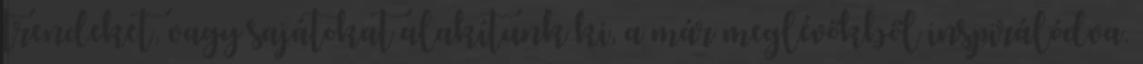
trendeket, vagy sajátokat alakítunk ki, a már meglévőkből inspirálódva.